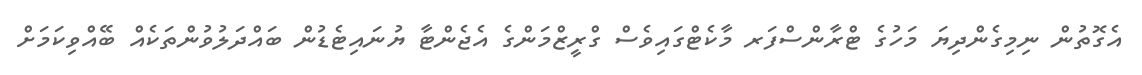
އެގޮތުން ނިމިގެންދިޔަ މަހުގެ ޓްރާންސްފަރ މާކެޓްގައިވެސް ގްރީޒްމަންގެ އެޖެންޓާ ޔުނައިޓެޑުން ބައްދަލުވުންތަކެއް ބޭއްވިކަމަށް